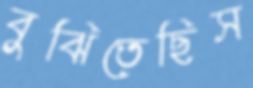
বুঝিতেছিস